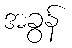
အခွန်